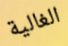
الغالية